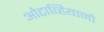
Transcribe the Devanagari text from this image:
ओटाव्हियानो